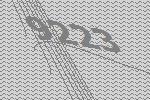
9223